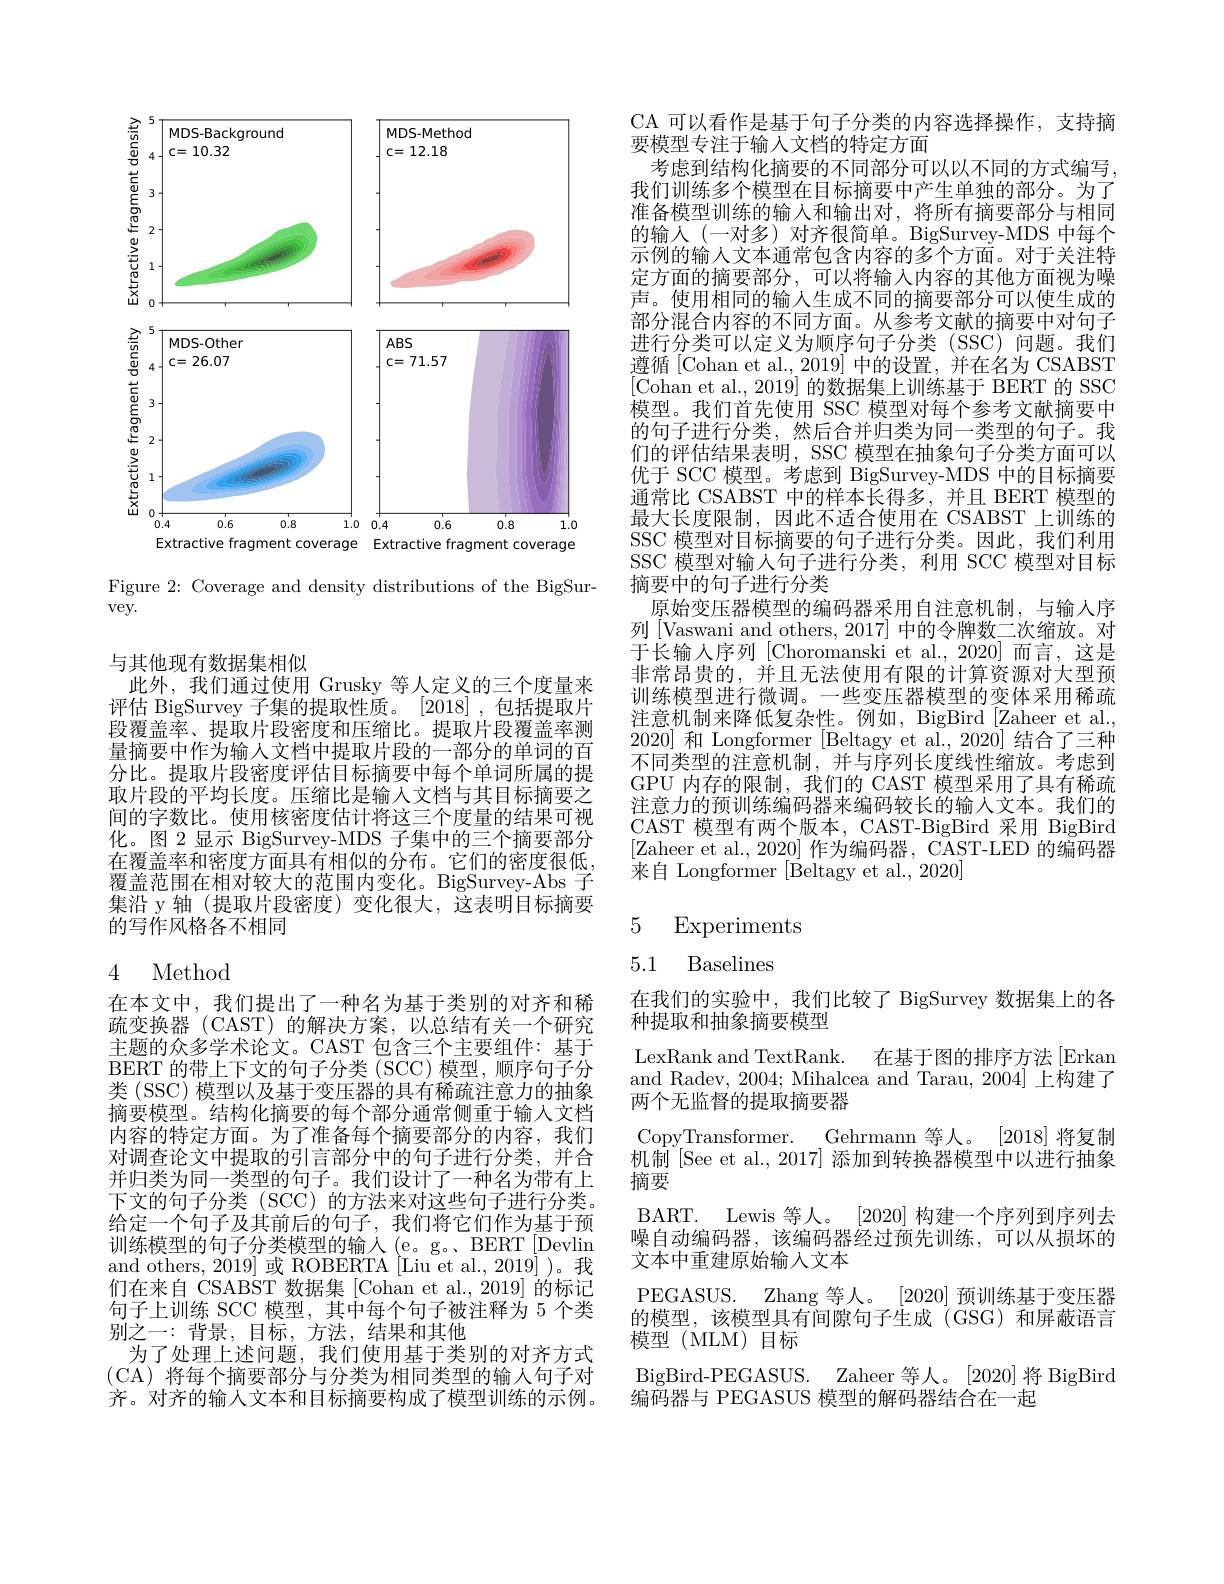
<FigureHere>

Figure 2: Coverage and density distributions of the BigSur-
vey.

与其他现有数据集相似
此外，我们通过使用 Grusky 等人定义的三个度量来评估 BigSurvey 子集的提取性质。[2018],包括提取片段覆盖率、提取片段密度和压缩比。提取片段覆盖率测量摘要中作为输人文档中提取片段的一部分的单词的百分比。提取片段密度评估目标摘要中每个单词所属的提取片段的平均长度。压缩比是输入文档与其目标摘要之间的字数比。使用核密度估计将这三个度量的结果可视化。图 2 显示 BigSurvey-MDS 子集中的三个摘要部分在覆盖率和密度方面具有相似的分布。它们的密度很低， 覆盖范围在相对较大的范围内变化。BigSurvey-Abs 子集沿 y 轴 (提取片段密度) 变化很大，这表明目标摘要的写作风格各不相同

# 4 Method

在本文中，我们提出了一种名为基于类别的对齐和稀疏变换器 (CAST)的解决方案，以总结有关一个研究主题的众多学术论文。CAST 包含三个主要组件：基于BERT 的带上下文的句子分类 (SCC) 模型，顺序句子分类 (SSC) 模型以及基于变压器的具有稀疏注意力的抽象摘要模型。结构化摘要的每个部分通常侧重于输入文档内容的特定方面。为了准备每个摘要部分的内容，我们对调查论文中提取的引言部分中的句子进行分类，并合并归类为同一类型的句子。我们设计了一种名为带有上下文的句子分类 (SCC) 的方法来对这些句子进行分类。给定一个句子及其前后的句子，我们将它们作为基于预训练模型的句子分类模型的输入(e。g。BERT[Devlin] and others, 2019] 或 ROBERTA [Liu et al., 2019] )。我们在来自 CSABST 数据集[Cohan et al.,2019]的标记句子上训练 SCC 模型，其中每个句子被注释为 5 个类别之一：背景，目标，方法，结果和其他
为了处理上述问题，我们使用基于类别的对齐方式(CA)将每个摘要部分与分类为相同类型的输入句子对齐。对齐的输入文本和目标摘要构成了模型训练的示例。

CA 可以看作是基于句子分类的内容选择操作，支持摘
要模型专注于输入文档的特定方面
考虑到结构化摘要的不同部分可以以不同的方式编写， 我们训练多个模型在目标摘要中产生单独的部分。为了准备模型训练的输入和输出对，将所有摘要部分与相同的输入(一对多)对齐很简单。BigSurvey-MDS 中每个示例的输人文本通常包含内容的多个方面。对于关注特定方面的摘要部分，可以将输入内容的其他方面视为噪声。使用相同的输入生成不同的摘要部分可以使生成的部分混合内容的不同方面。从参考文献的摘要中对句子进行分类可以定义为顺序句子分类(SSC)问题。我们遵循[Cohan et al., 2019] 中的设置，并在名为 CSABST [Cohan et al., 2019] 的数据集上训练基于 BERT 的 SSC 模型。我们首先使用 SSC 模型对每个参考文献摘要中的句子进行分类，然后合并归类为同一类型的句子。我们的评估结果表明，SSC 模型在抽象句子分类方面可以优于 SCC 模型。考虑到 BigSurvey-MDS 中的目标摘要通常比 CSABST 中的样本长得多，并且 BERT 模型的最大长度限制，因此不适合使用在 CSABST 上训练的SSC 模型对目标摘要的句子进行分类。因此，我们利用SSC 模型对输入句子进行分类，利用 SCC 模型对目标摘要中的句子进行分类
原始变压器模型的编码器采用自注意机制，与输人序列[Vaswani and others, 2017] 中的令牌数二次缩放。对于长输人序列 [Choromanski et al.,2020]而言，这是非常昂贵的，并且无法使用有限的计算资源对大型预训练模型进行微调。一些变压器模型的变体采用稀疏注意机制来降低复杂性。例如，BigBird [Zaheer et al., 2020]和 Longformer [Beltagy et al., 2020] 结合了三种不同类型的注意机制，并与序列长度线性缩放。考虑到GPU 内存的限制，我们的 CAST 模型采用了具有稀疏注意力的预训练编码器来编码较长的输入文本。我们的CAST 模型有两个版本，CAST-BigBird 采用 BigBird [Zaheer et al., 2020] 作为编码器，CAST-LED 的编码器来自 Longformer [Beltagy et al., 2020]

# 5 Experiments

# 5.1 Baselines

在我们的实验中，我们比较了 BigSurvey 数据集上的各
种提取和抽象摘要模型
LexRank and TextRank.
在基于图的排序方法[Erkan
and Radev, 2004; Mihalcea and Tarau, 2004] 上构建了
两个无监督的提取摘要器
CopyTransformer. Gehrmann 等人。[2018]将复制机制$^{[\mathrm{See~et~al.,~2017]}}$添加到转换器模型中以进行抽象摘要
BART. Lewis 等人。[2020] 构建一个序列到序列去噪自动编码器，该编码器经过预先训练，可以从损坏的文本中重建原始输人文本
PEGASUS. Zhang 等人。[2020] 预训练基于变压器的模型，该模型具有间隙句子生成(GSG)和屏蔽语言模型 (MLM) 目标
BigBird-PEGASUS. Zaheer 等人。[2020]将 BigBird
编码器与 PEGASUS 模型的解码器结合在一起